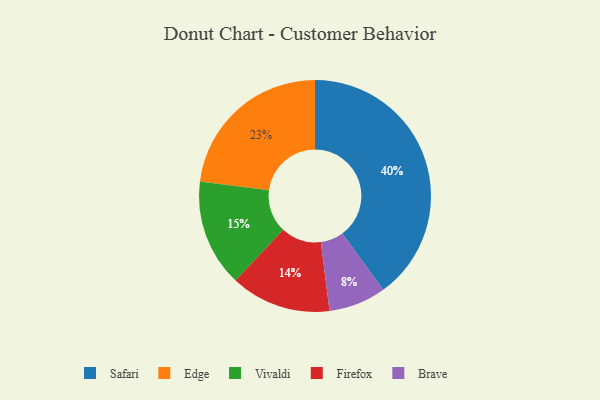
{"axis": {"x": "Category", "y": "Percentage"}, "legend": ["Brave", "Edge", "Firefox", "Safari", "Vivaldi"], "data": [{"x": "Firefox", "y": 14, "type": "Firefox"}, {"x": "Edge", "y": 23, "type": "Edge"}, {"x": "Brave", "y": 8, "type": "Brave"}, {"x": "Safari", "y": 40, "type": "Safari"}, {"x": "Vivaldi", "y": 15, "type": "Vivaldi"}]}